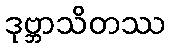
ဒုဗ္ဘာသိတဿ